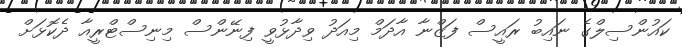
ކައުންސިލްގެ ނައިބު ރައީސް ފަޒްނާ އާދަމް މިއަދު ވިދާޅުވީ ފިނޭންސް މިނިސްޓްރީއާ ދެކޮޅަށް